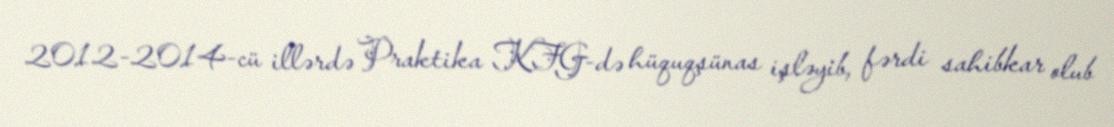
2012-2014-cü illərdə Praktika KFG-də hüquqşünas işləyib, fərdi sahibkar olub